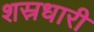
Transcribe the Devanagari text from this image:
शस्रधारी